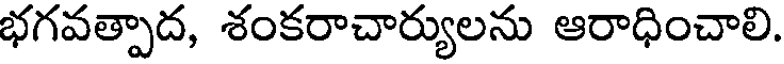
భగవత్పాద, శంకరాచార్యులను ఆరాధించాలి.